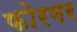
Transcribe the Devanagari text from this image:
फोरमर